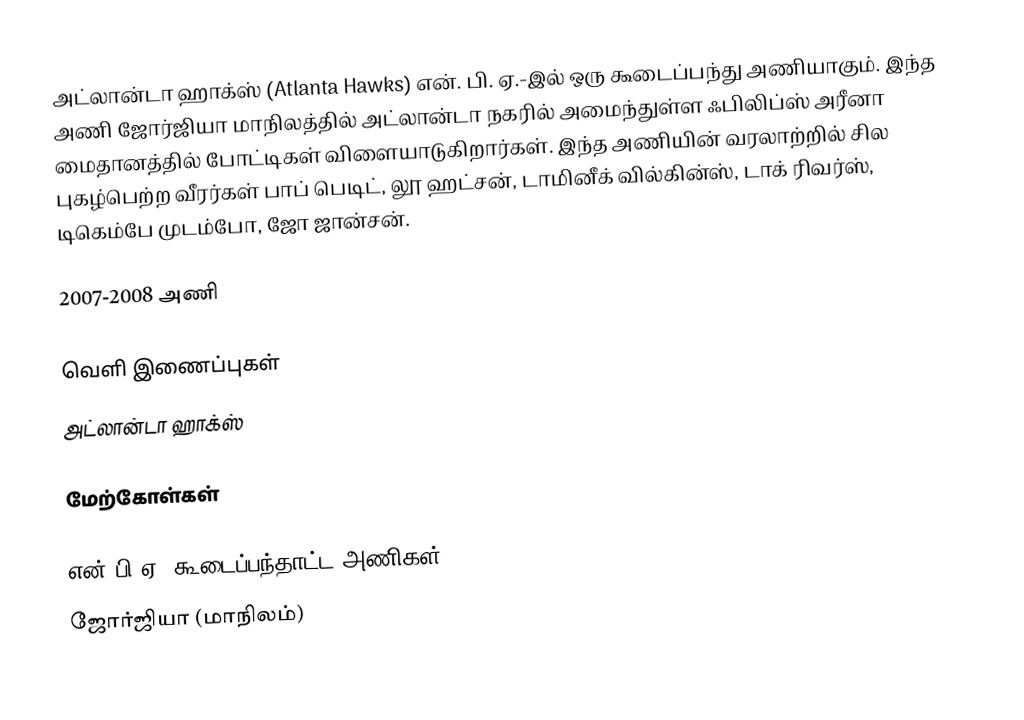
அட்லான்டா ஹாக்ஸ் (Atlanta Hawks) என். பி. ஏ.-இல் ஒரு கூடைப்பந்து அணியாகும். இந்த அணி ஜோர்ஜியா மாநிலத்தில் அட்லான்டா நகரில் அமைந்துள்ள  ஃபிலிப்ஸ் அரீனா மைதானத்தில் போட்டிகள் விளையாடுகிறார்கள். இந்த அணியின் வரலாற்றில் சில புகழ்பெற்ற வீரர்கள் பாப் பெடிட், லூ ஹட்சன், டாமினீக் வில்கின்ஸ், டாக் ரிவர்ஸ், டிகெம்பே முடம்போ, ஜோ ஜான்சன்.

2007-2008 அணி

வெளி இணைப்புகள்
 அட்லான்டா ஹாக்ஸ்

மேற்கோள்கள்

என்.பி.ஏ. கூடைப்பந்தாட்ட அணிகள்
ஜோர்ஜியா (மாநிலம்)